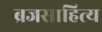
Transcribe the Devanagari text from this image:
ब्रजसाहित्य